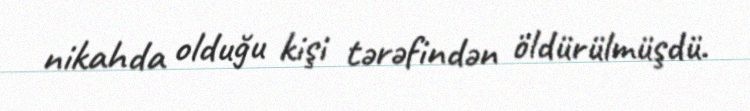
nikahda olduğu kişi tərəfindən öldürülmüşdü.